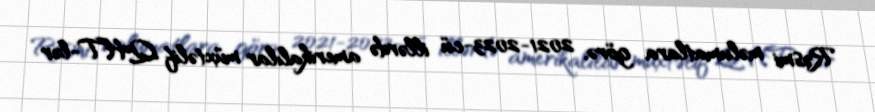
Rəsmi məlumatlara görə, 2021-2023-cü illərdə amerikalılar müxtəlif QHT-lər